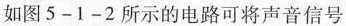
如图5-1-2所示的电路可将声音信号